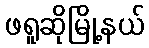
ဖရူဆိုမြို့နယ်